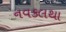
નવકલથા